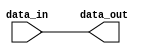
module c_spreader
  (data_in, data_out);
   
   // width of output data
   parameter width = 32;
   
   // population count function (count ones)
   function integer pop_count(input [0:width-1] argument);
      integer i;
      begin
	 pop_count = 0;
	 for(i = 0; i < width; i = i + 1)
	   pop_count = pop_count + argument[i];
      end
   endfunction
   
   // mask indicating at which positions to put the input vector's bits
   parameter [0:width-1] mask = {width{1'b1}};
   
   // width of input vector
   localparam new_width = pop_count(mask);
   
   // input vector
   input [0:new_width-1] data_in;
   
   // result
   output [0:width-1] data_out;
   reg [0:width-1] data_out;
   
   integer 	   idx1, idx2;
   
   always @(data_in)
     begin
	idx2 = 0;
	for(idx1 = 0; idx1 < width; idx1 = idx1 + 1)
	  if(mask[idx1] == 1'b1)
	    begin
	       data_out[idx1] = data_in[idx2];
	       idx2 = idx2 + 1;
	    end
	  else
	    data_out[idx1] = 1'b0;
     end
   
endmodule